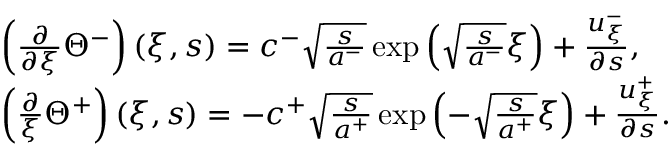
\begin{array} { r l } & { \left( \frac { \partial } { \partial \xi } \Theta ^ { - } \right) ( \xi , s ) = c ^ { - } \sqrt { \frac { s } { a ^ { - } } } \exp \left( \sqrt { \frac { s } { a ^ { - } } } \xi \right) + \frac { u _ { \xi } ^ { - } } { \partial s } , } \\ & { \left( \frac { \partial } { \xi } \Theta ^ { + } \right) ( \xi , s ) = - c ^ { + } \sqrt { \frac { s } { a ^ { + } } } \exp \left( - \sqrt { \frac { s } { a ^ { + } } } \xi \right) + \frac { u _ { \xi } ^ { + } } { \partial s } . } \end{array}